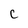
Character: C